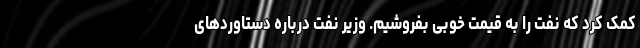
کمک کرد که نفت را به قیمت خوبی بفروشیم. وزیر نفت درباره دستاوردهای